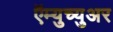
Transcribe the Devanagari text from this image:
ऍम्युच्युअर